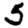
Digit: 5